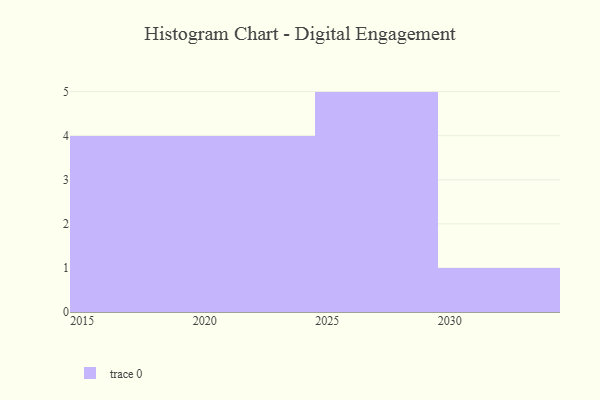
{"axis": {"x": "Year", "y": "Gross Profit (USD K)"}, "legend": [""], "data": [{"x": "2015", "y": 44, "type": ""}, {"x": "2022", "y": 58, "type": ""}, {"x": "2030", "y": 57, "type": ""}, {"x": "2023", "y": 55, "type": ""}, {"x": "2026", "y": 67, "type": ""}, {"x": "2029", "y": 58, "type": ""}, {"x": "2017", "y": 27, "type": ""}, {"x": "2028", "y": 62, "type": ""}, {"x": "2024", "y": 99, "type": ""}, {"x": "2027", "y": 91, "type": ""}, {"x": "2025", "y": 30, "type": ""}, {"x": "2021", "y": 93, "type": ""}, {"x": "2018", "y": 18, "type": ""}, {"x": "2019", "y": 76, "type": ""}]}